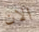
الان